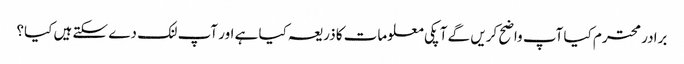
برادر محترم کیا آپ واضح کریں گے آ پکی معلومات کا ذریعہ کیا ہے اور آپ لنک دے سکتے ہیں کیا؟